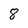
Character: 8